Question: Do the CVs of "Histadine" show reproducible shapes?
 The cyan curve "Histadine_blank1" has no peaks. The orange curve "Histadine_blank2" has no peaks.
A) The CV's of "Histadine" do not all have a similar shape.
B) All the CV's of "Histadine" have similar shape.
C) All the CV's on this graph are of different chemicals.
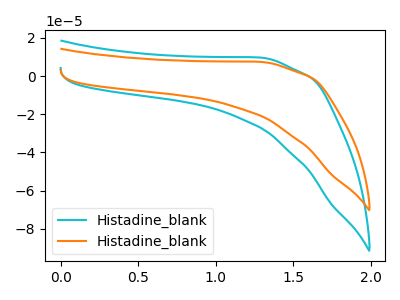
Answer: <think>Neither "Histadine_blank1" or "Histadine_blank2" have any peaks.
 </think>
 <answer>B) All the CV's of "Histadine" have similar shape.</answer>
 <eval>B</eval>